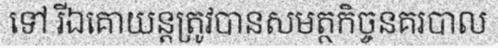
ទៅ រីឯគោយន្តត្រូវបានសមត្ថកិច្ចនគរបាល